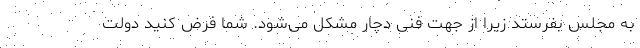
به مجلس بفرستد زیرا از جهت فنی دچار مشکل می‌شود. شما فرض کنید دولت